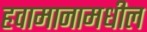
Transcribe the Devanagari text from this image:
हवामानामधील